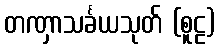
တဏှာသင်္ခယသုတ် (စူဠ)